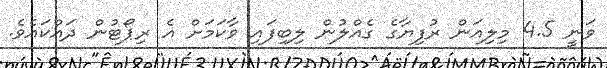
ވަނީ 4.5 މިލިއަން ރުފިޔާގެ ގެއްލުން ލިބިފައި ވާކަމަށް އެ ރިޕޯޓުން ދައްކައެވެ.